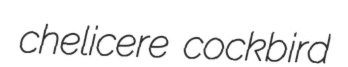
chelicere cockbird